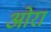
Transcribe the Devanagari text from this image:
ओरा